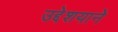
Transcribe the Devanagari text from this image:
उद्देशयाने